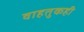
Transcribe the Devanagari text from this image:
वाहतुकही